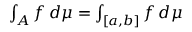
\textstyle { \int _ { A } f \, d \mu = \int _ { [ a , b ] } f \, d \mu }